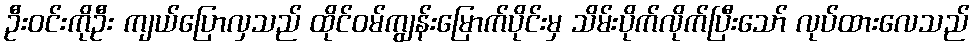
ဦးဝင်းကိုဦး ကျယ်ပြောလှသည် ထိုင်ဝမ်ကျွန်းမြောက်ပိုင်းမှ သိမ်းပိုက်လိုက်ပြီးသော် လုပ်ထားလေသည်